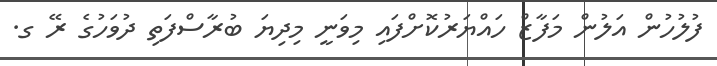
ފުލުހުން އަލުން މަފާޒް ހައްޔަރުކޮށްފައި މިވަނީ މިދިޔަ ބުރާސްފަތި ދުވަހުގެ ރޭ ގ.